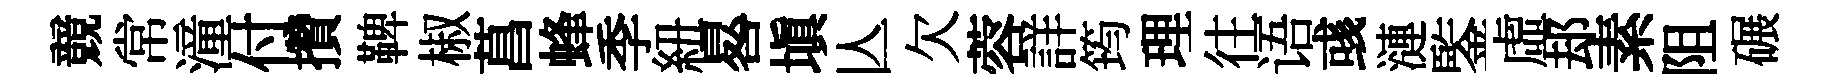
競常潼付攢鞞椒菖蜂季紐晷填亾欠蓉詳筠理往语彧漣鍳虛𨚫素阻碾